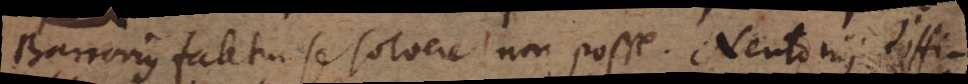
Barrovius fatetur se solvere non posse. Neutonii diffi-